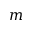
m